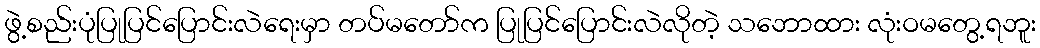
ဖွဲ့စည်းပုံပြုပြင်ပြောင်းလဲရေးမှာ တပ်မတော်က ပြုပြင်ပြောင်းလဲလိုတဲ့ သဘောထား လုံးဝမတွေ့ရဘူး